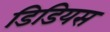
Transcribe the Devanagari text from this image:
डिडियस